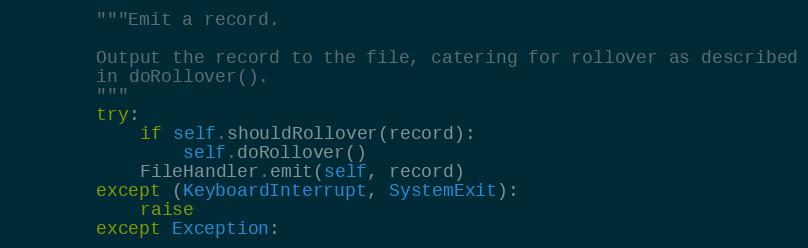
Language: Python
        """Emit a record.

        Output the record to the file, catering for rollover as described
        in doRollover().
        """
        try:
            if self.shouldRollover(record):
                self.doRollover()
            FileHandler.emit(self, record)
        except (KeyboardInterrupt, SystemExit):
            raise
        except Exception: